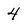
Character: 4